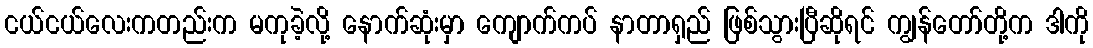
ငယ်ငယ်လေးကတည်းက မကုခဲ့လို့ နောက်ဆုံးမှာ ကျောက်ကပ် နာတာရှည် ဖြစ်သွားပြီဆိုရင် ကျွန်တော်တို့က ဒါကို